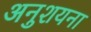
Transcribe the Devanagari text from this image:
अनुशयना